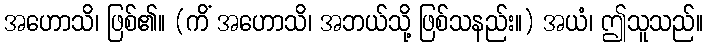
အဟောသိ၊ ဖြစ်၏။ (ကိံ အဟောသိ၊ အဘယ်သို့ ဖြစ်သနည်း။) အယံ၊ ဤသူသည်။